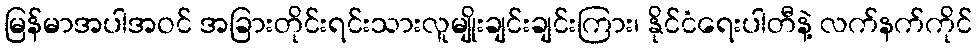
မြန်မာအပါအဝင် အခြားတိုင်းရင်းသားလူမျိုးချင်းချင်းကြား၊ နိုင်ငံရေးပါတီနဲ့ လက်နက်ကိုင်